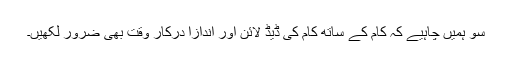
سو ہمیں چاہیے کہ کام کے ساتھ کام کی ڈیڈ لائن اور اندازاً درکار وقت بھی ضرور لکھیں۔